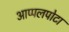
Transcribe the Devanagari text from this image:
आप्पलपोटा